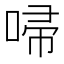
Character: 𠴵